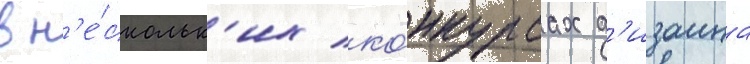
в н'е́скольк'их ко́нкурсах д'изаина